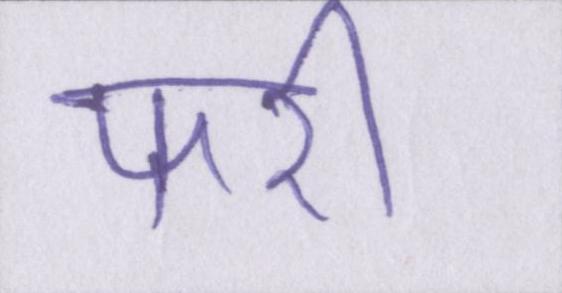
फरी